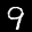
Label: 9